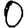
Digit: 0